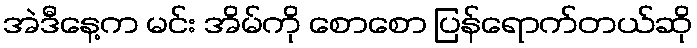
အဲဒီနေ့က မင်း အိမ်ကို စောစော ပြန်ရောက်တယ်ဆို